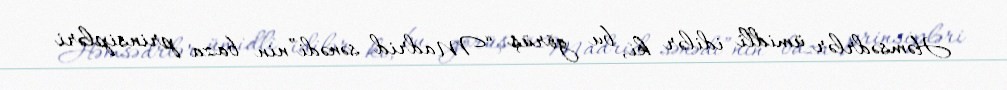
Həmsədrlər ümidli idilər ki, bu görüş “Madrid sənədi”nin baza prinsipləri